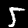
Digit: 5